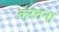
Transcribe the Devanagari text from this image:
करतना